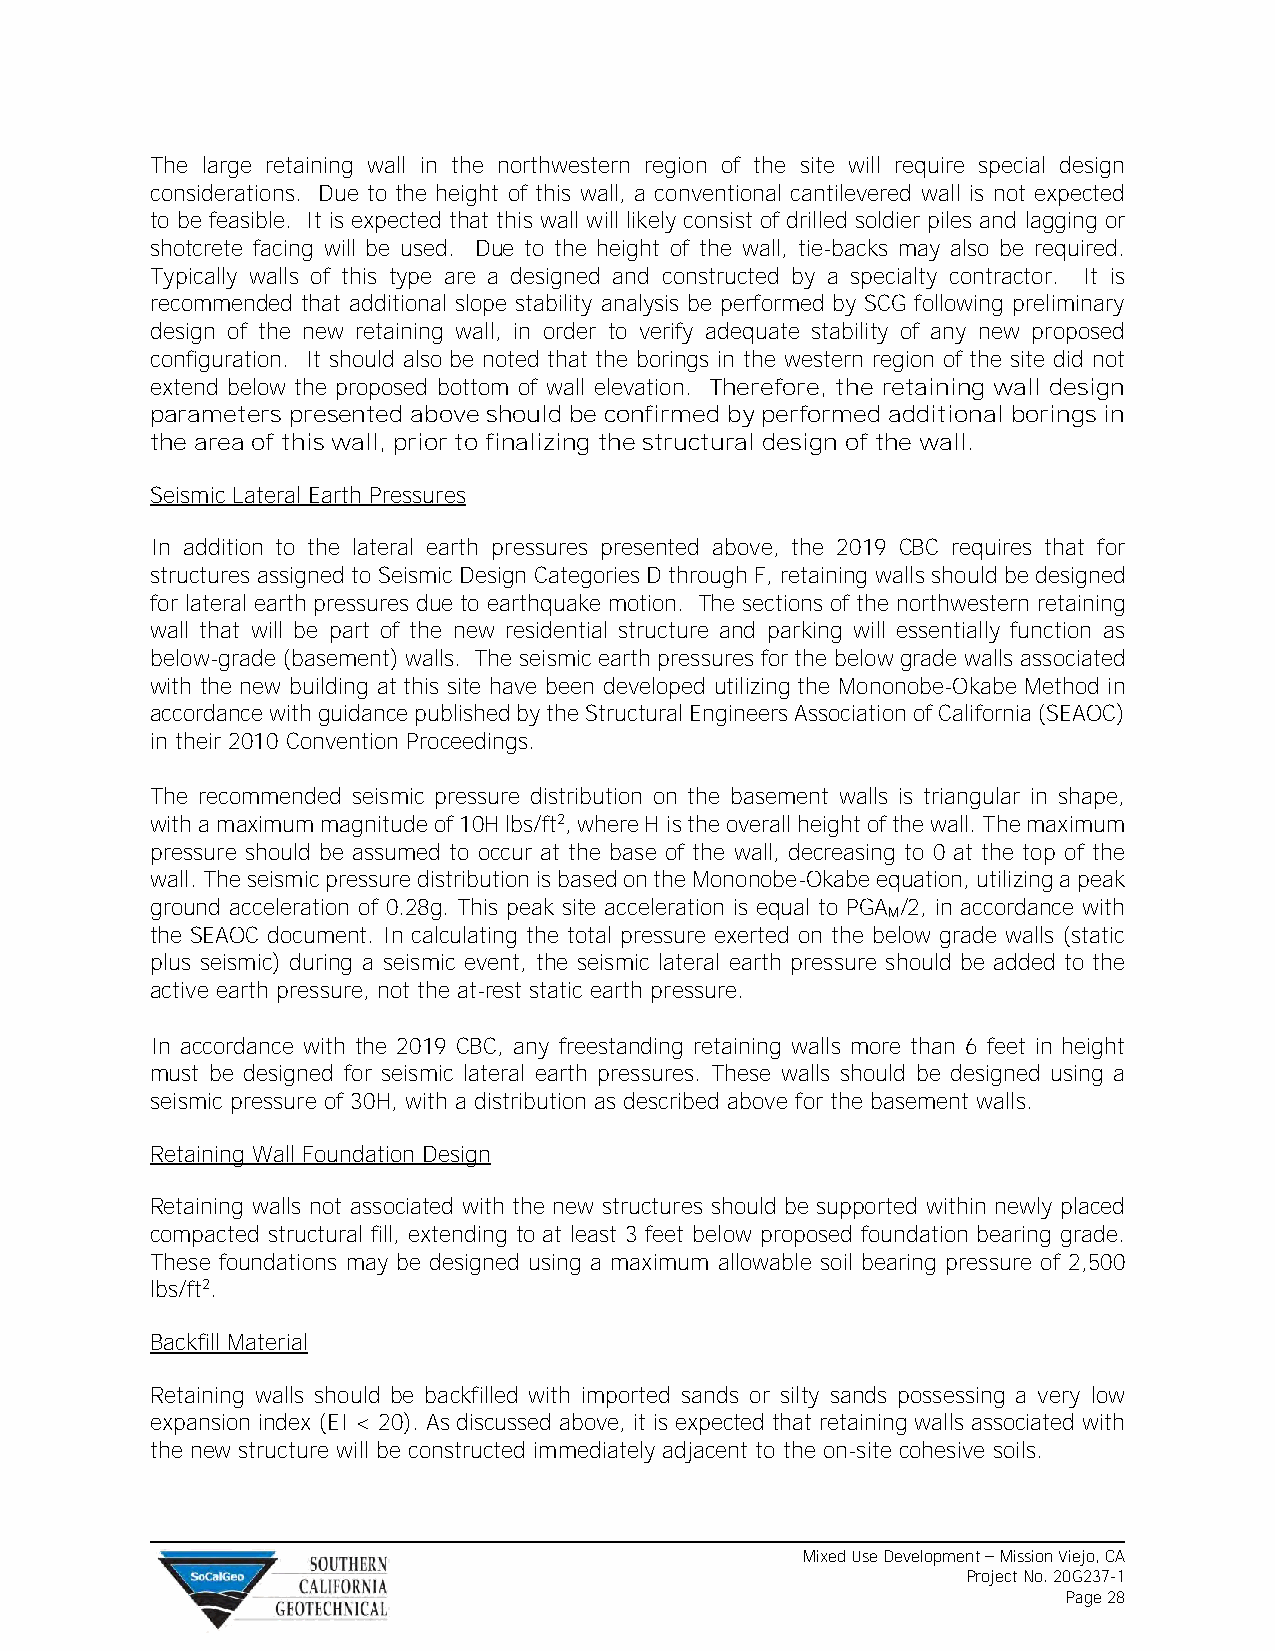
The large retaining wall in the northwestern region of the site will require special design
 considerations. Due to the height of this wall, a conventional cantilevered wall is not expected
 to be feasible. It is expected that this wall will likely consist of drilled soldier piles and lagging or
 shotcrete facing will be used. Due to the height of the wall, tie-backs may also be required.
 Typically walls of this type are a designed and constructed by a specialty contractor. It is
 recommended that additional slope stability analysis be performed by SCG following preliminary
 design of the new retaining wall, in order to verify adequate stability of any new proposed
 configuration. It should also be noted that the borings in the western region of the site did not
 extend below the proposed bottom of wall elevation. Therefore, the retaining wall design
 parameters presented above should be confirmed by performed additional borings in
 the area of this wall, prior to finalizing the structural design of the wall.
 Seismic Lateral Earth Pressures
 In addition to the lateral earth pressures presented above, the 2019 CBC requires that for
 structures assigned to Seismic Design Categories D through F, retaining walls should be designed
 for lateral earth pressures due to earthquake motion. The sections of the northwestern retaining
 wall that will be part of the new residential structure and parking will essentially function as
 below-grade (basement) walls. The seismic earth pressures for the below grade walls associated
 with the new building at this site have been developed utilizing the Mononobe-Okabe Method in
 accordance with guidance published by the Structural Engineers Association of California (SEAOC)
 in their 2010 Convention Proceedings.
 The recommended seismic pressure distribution on the basement walls is triangular in shape,
 with a maximum magnitude of 10H lbs/ft2, where H is the overall height of the wall. The maximum
 pressure should be assumed to occur at the base of the wall, decreasing to 0 at the top of the
 wall. The seismic pressure distribution is based on the Mononobe-Okabe equation, utilizing a peak
 ground acceleration of 0.28g. This peak site acceleration is equal to PGA /2, in accordance with
 M
 the SEAOC document. In calculating the total pressure exerted on the below grade walls (static
 plus seismic) during a seismic event, the seismic lateral earth pressure should be added to the
 active earth pressure, not the at-rest static earth pressure.
 In accordance with the 2019 CBC, any freestanding retaining walls more than 6 feet in height
 must be designed for seismic lateral earth pressures. These walls should be designed using a
 seismic pressure of 30H, with a distribution as described above for the basement walls.
 Retaining Wall Foundation Design
 Retaining walls not associated with the new structures should be supported within newly placed
 compacted structural fill, extending to at least 3 feet below proposed foundation bearing grade.
 These foundations may be designed using a maximum allowable soil bearing pressure of 2,500
 lbs/ft2.
 Backfill Material
 Retaining walls should be backfilled with imported sands or silty sands possessing a very low
 expansion index (EI < 20). As discussed above, it is expected that retaining walls associated with
 the new structure will be constructed immediately adjacent to the on-site cohesive soils.
 Mixed Use Development – Mission Viejo, CA
 Project No. 20G237-1
 Page 28